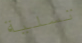
تسلية